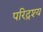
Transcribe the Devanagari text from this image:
परिद्रश्य